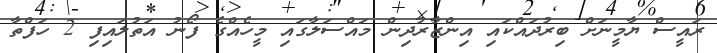
ރައީސް ޔާމީނަށް ބިރުދައްކައި އިންޒާރުދިން މައްސަލާގައި މީހެއްގެ ފޯނު އަތުލައިފި 2 ހަފްތާ